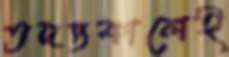
তদন্তকালেই